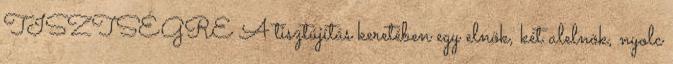
TISZTSÉGRE A tisztújítás keretében egy elnök, két alelnök, nyolc